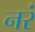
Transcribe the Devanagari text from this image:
नरं